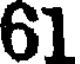
61